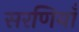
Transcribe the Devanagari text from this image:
सरणियाँ